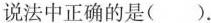
说法中正确的是( )。